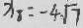
x _ { 8 } = - 4 \sqrt { 7 }